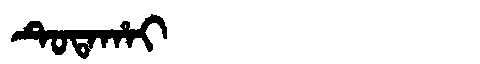
Manchu: ᡨᡠᡨᠠᡥᠠᡳ
Romanization: TUTAHAI